Annual report of the Imperial Bacteriological Laboratory, Muktesar
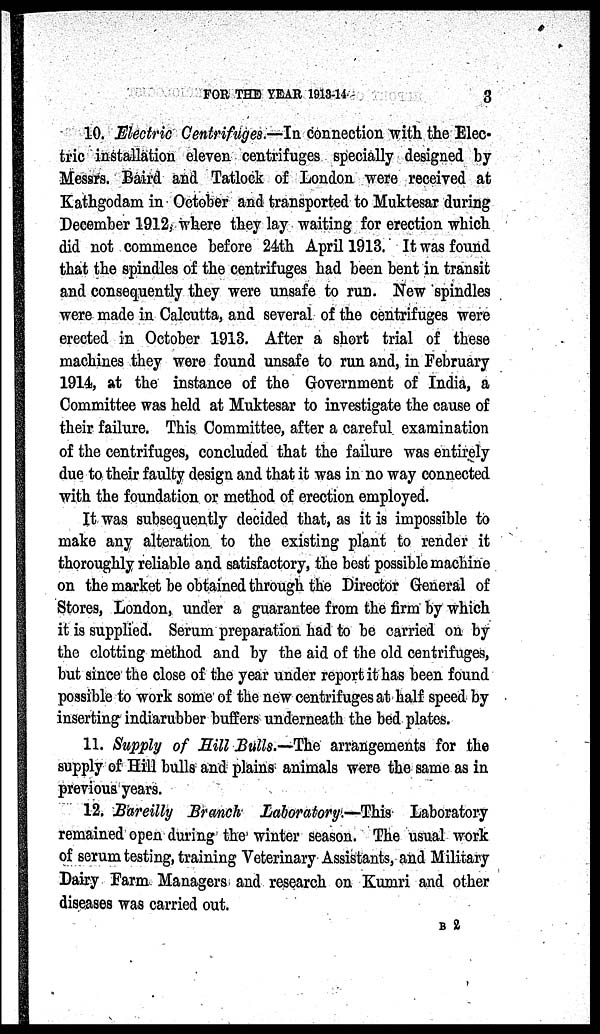
FOR THE YEAR 1913-14
3
10. Electric Centrifuges.—In connection with the Elec-
tric installation eleven centrifuges specially designed by
Messrs. Baird and Tatlock of London were received at
Kathgodam in October and transported to Muktesar during
December 1912, where they lay waiting for erection which
did not commence before 24th April 1913. It was found
that the spindles of the centrifuges had been bent in transit
and consequently they were unsafe to run. New spindles
were made in Calcutta, and several of the centrifuges were
erected in October 1913. After a short trial of these
machines they were found unsafe to run and, in February
1914, at the instance of the Government of India, a
Committee was held at Muktesar to investigate the cause of
their failure. This Committee, after a careful examination
of the centrifuges, concluded that the failure was entirely
due to their faulty design and that it was in no way connected
with the foundation or method of erection employed.
It was subsequently decided that, as it is impossible to
make any alteration to the existing plant to render it
thoroughly reliable and satisfactory, the best possible machine
on the market be obtained through the Director General of
Stores, London, under a guarantee from the firm by which
it is supplied. Serum preparation had to be carried on by
the clotting method and by the aid of the old centrifuges,
but since the close of the year under report it has been found
possible to work some of the new centrifuges at half speed by
inserting indiarubber buffers underneath the bed plates.
11. Supply of Hill Bulls.—The arrangements for the
supply of Hill bulls and plains animals were the same as in
previous years.
12. Bareilly Branch Laboratory.—This Laboratory
remained open during the winter season. The usual work
of serum testing, training Veterinary Assistants, and Military
Dairy Farm Managers and research on Kumri and other
diseases was carried out.
B 2